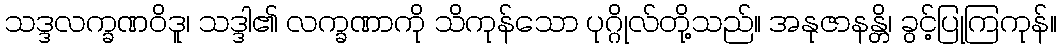
သဒ္ဒလက္ခဏဝိဒူ၊ သဒ္ဒါ၏ လက္ခဏာကို သိကုန်သော ပုဂ္ဂိုလ်တို့သည်။ အနုဇာနန္တိ၊ ခွင့်ပြုကြကုန်။